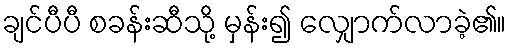
ချင်ပီပီ စခန်းဆီသို့ မှန်း၍ လျှောက်လာခဲ့၏။